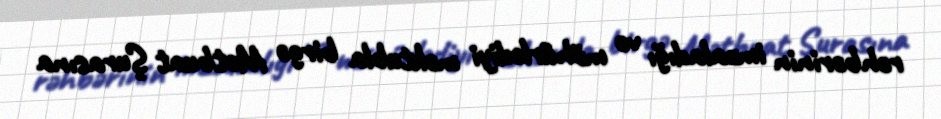
rəhbərinin imzaladığı və möhürlədiyi məktubla birgə Mətbuat Şurasına